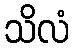
သိလံ